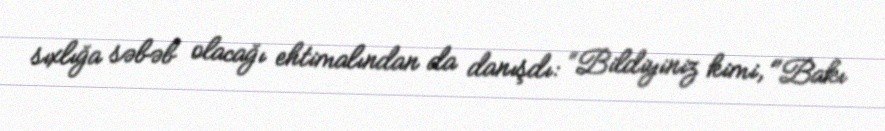
sıxlığa səbəb olacağı ehtimalından da danışdı: “Bildiyiniz kimi, "Bakı